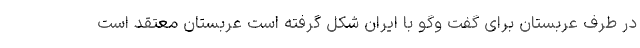
در طرف عربستان برای گفت وگو با ایران شکل گرفته است عربستان معتقد است